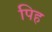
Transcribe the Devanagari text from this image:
पिह